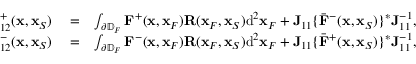
\begin{array} { r l r } { { \bf \Gamma } _ { 1 2 } ^ { + } ( { \bf x } , { \bf x } _ { S } ) } & { { } = } & { \int _ { \partial \mathbb { D } _ { F } } { \bf F } ^ { + } ( { \bf x } , { \bf x } _ { F } ) { \bf R } ( { \bf x } _ { F } , { \bf x } _ { S } ) \mathrm { d } ^ { 2 } { \bf x } _ { F } + { \bf J } _ { 1 1 } \{ { { \bar { \bf F } } } ^ { - } ( { \bf x } , { \bf x } _ { S } ) \} ^ { * } { \bf J } _ { 1 1 } ^ { - 1 } , } \\ { { \bf \Gamma } _ { 1 2 } ^ { - } ( { \bf x } , { \bf x } _ { S } ) } & { { } = } & { \int _ { \partial \mathbb { D } _ { F } } { \bf F } ^ { - } ( { \bf x } , { \bf x } _ { F } ) { \bf R } ( { \bf x } _ { F } , { \bf x } _ { S } ) \mathrm { d } ^ { 2 } { \bf x } _ { F } + { \bf J } _ { 1 1 } \{ { { \bar { \bf F } } } ^ { + } ( { \bf x } , { \bf x } _ { S } ) \} ^ { * } { \bf J } _ { 1 1 } ^ { - 1 } , } \end{array}